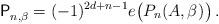
LaTeX: \begin{align*}\mathsf{P}_{n,\beta}^{}= (-1)^{2d + n - 1} e \big( P_n(A, \beta)^{} \big) \,. \end{align*}